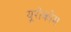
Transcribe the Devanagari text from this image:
यूरोकोम